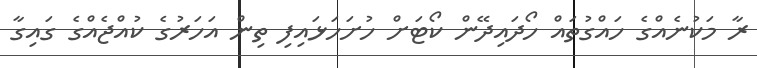
ރާ މަކުނެއްގެ ހައްގުތައް ހޯދައިދޭން ކޯޓަށް ހުށަހަޅައިފި ތިން އަހަރުގެ ކުއްޖެއްގެ ގައިގާ